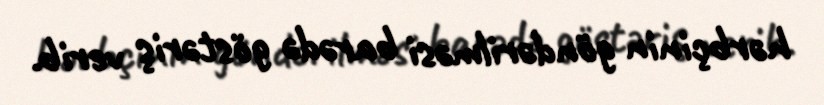
hərbçinin göndərilməsi barədə göstəriş verib.